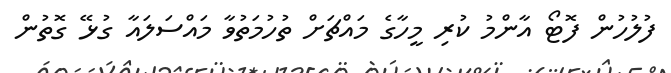
ފުލުހުން ފޮޓޯ އާންމު ކުރި މީހާގެ މައްޗަށް ތުހުމަތުވާ މައްސަލައާ ގުޅޭ ގޮތުން